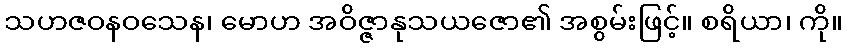
သဟဇဝနဝသေန၊ မောဟ အဝိဇ္ဇာနုသယဇော၏ အစွမ်းဖြင့်။ စရိယာ၊ ကို။